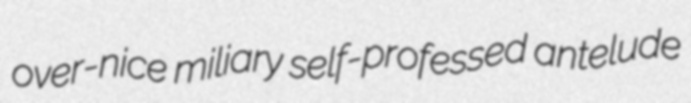
over-nice miliary self-professed antelude